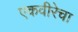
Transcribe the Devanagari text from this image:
एकवीरेचा